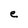
Character: e